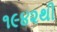
૧૯૪૨થી